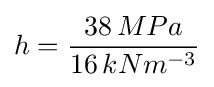
h={\frac {38\,MPa}{16\,kNm^{-3}}}